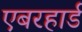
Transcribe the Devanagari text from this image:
एबरहार्ड